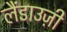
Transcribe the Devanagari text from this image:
लैंडाउज़ी